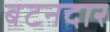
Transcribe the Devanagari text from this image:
बटनदार